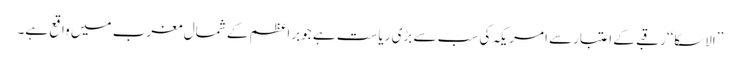
’’الاسکا‘‘رقبے کے اعتبارسے امریکہ کی سب سے بڑی ریاست ہے جوبراعظم کے شمال مغرب میں واقع ہے۔